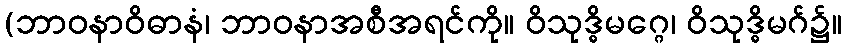
(ဘာဝနာဝိဓာနံ၊ ဘာဝနာအစီအရင်ကို။ ဝိသုဒ္ဓိမဂ္ဂေ၊ ဝိသုဒ္ဓိမဂ်၌။